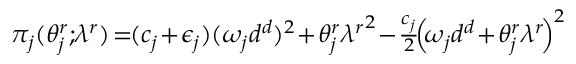
\begin{array} { r } { \! \pi _ { j } ( \theta _ { j } ^ { r } ; \! \lambda ^ { r } ) \! = \! \! ( c _ { j } \! + \! \epsilon _ { j } ) ( \omega _ { j } { d ^ { d } } ) ^ { 2 } \! + \! \theta _ { j } ^ { r } { \lambda ^ { r } } ^ { 2 } \! - \! \frac { c _ { j } } { 2 } \! \! \left( \! \omega _ { j } d ^ { d } \! + \! \theta _ { j } ^ { r } { \lambda ^ { r } } \! \right) ^ { 2 } } \end{array}